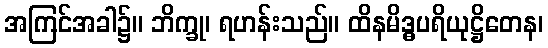
အကြင်အခါ၌။ ဘိက္ခု၊ ရဟန်းသည်။ ထိနမိဒ္ဓပရိယုဋ္ဌိတေန၊